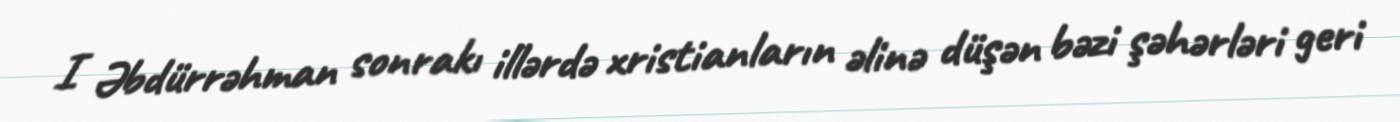
I Əbdürrəhman sonrakı illərdə xristianların əlinə düşən bəzi şəhərləri geri